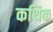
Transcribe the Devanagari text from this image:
कथिक